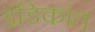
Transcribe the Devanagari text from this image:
इंडिकांत